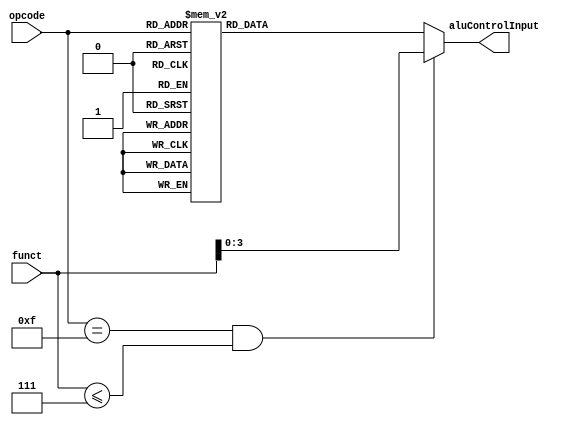
`define WORD_SIZE 16
//R-type instructions
`define	OP_ADD	4'b0000
`define	OP_SUB	4'b0001
`define	OP_AND	4'b0010
`define	OP_ORR	4'b0011
`define	OP_NOT  4'b0100
`define	OP_TCP	4'b0101
`define	OP_SHL	4'b0110
`define	OP_SHR	4'b0111
//I-type instructions
`define	OP_ADI	4'b1000
`define	OP_ORI	4'b1001
`define	OP_LHI	4'b1010
//Memory instructions. i.e. LWD and SWD
`define OP_MEM  4'b1011
//Branch instructions
`define	OP_BNE	4'b1100
`define	OP_BEQ	4'b1101
`define OP_BGZ  4'b1110
`define OP_BLZ  4'b1111

//ALU Control Input Module 
module aluControl (funct, opcode, aluControlInput);//should be dependent on state register
	//input [3:0] aluOp;
	input [5:0] funct;
	input [3:0] opcode;
	output reg [3:0] aluControlInput;
	
	always @(*) begin
		//if (aluOp == 4'b0000) begin
		//	aluControlInput = 4'b0000;
		//end
		//else 
		if ((opcode == 4'b1111)&&(funct <= 4'b0111)) begin //R-Type instructions
			aluControlInput = funct[3:0];
		end
		else begin
			case(opcode)
				4'b0100: aluControlInput = `OP_ADI;
				4'b0101: aluControlInput = `OP_ORI;
				4'b0110: aluControlInput = `OP_LHI;				
				4'b0111: aluControlInput = `OP_MEM;
				4'b1000: aluControlInput = `OP_MEM;
				4'b0000: aluControlInput = `OP_BNE;
				4'b0001: aluControlInput = `OP_BEQ;
				4'b0010: aluControlInput = `OP_BGZ;
				4'b0011: aluControlInput = `OP_BLZ;
				default: aluControlInput = `OP_ADD;//alu for PC+4
			endcase
		end
	end
endmodule